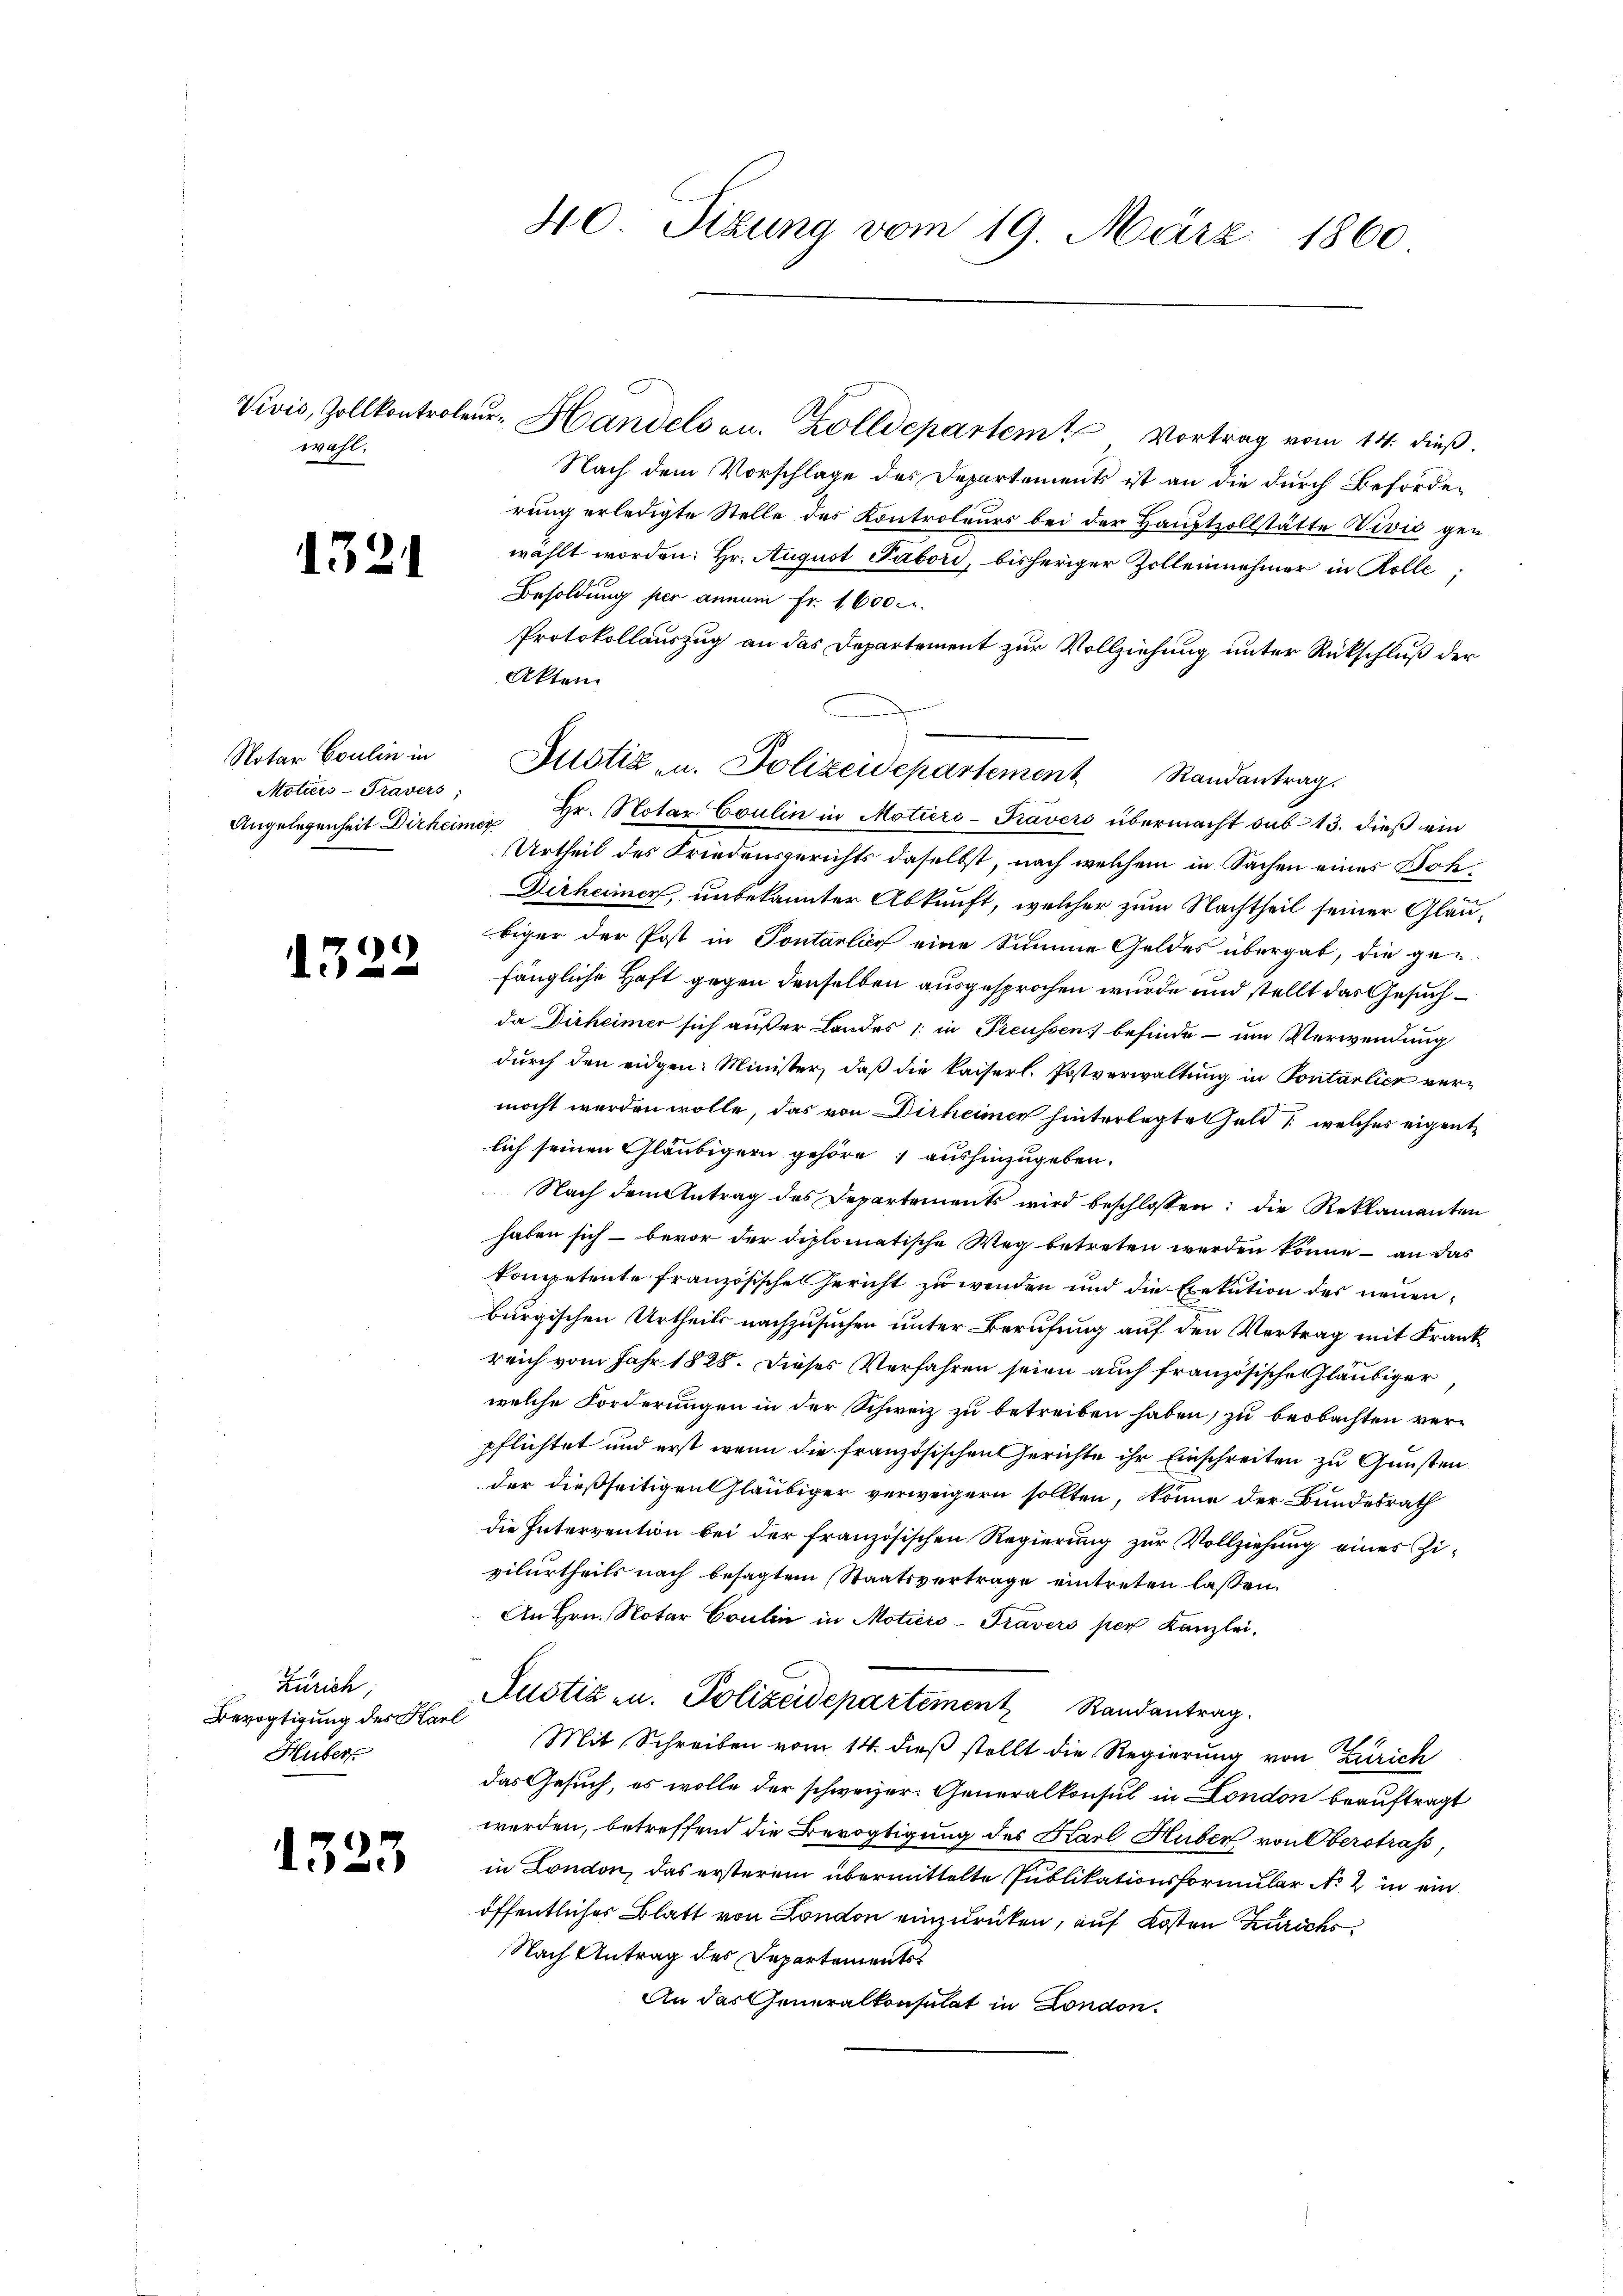
wahl.

1321

Notar Coulin in
Motiers-Travers
Angelegenheit Dirheimer

)
li

Zürich,
Bevogtigung des Karl
Huber

1323

Nach dem Vorschlage des Departements ist an die durch Beförderung erledigte Stelle des Kontroleurs bei der Hauptzollstätte Nivić gen
wählt worden: Hr. August Tabori, bisheriger Zolleinehmer in Rolle;
Besoldung per annum fr. 1600 c.
Protokollauszug an das Departement zur Vollziehung unter Rückschluß der
Akten
Hr. Notar Coulin in Motiers-Kravers übermacht sub 13. dieß ein
Urtheil des Friedensgerichts daselbst, nach welchem in Sachen eines Doh
Derheimen, unbekannter Abkunft, welcher zum Nachtheil seiner Gläubiger der Post in Pontarlich eine Summe Geldes übergab, die gen
fängliche Haft gegen denselben ausgesprochen wurde und stellt das Gesuchda Dirheimer sich außer Landes 1 in Preussen) befinde - um Verwendung
durch den eidgen. Minister, daß die kaiserl. Postverwaltung in Pontarlier vermocht werden wolle, das von Dirheimer hinterlegte Geld, welcher eigentlich seinen Gläubigern gehöre, aushinzugeben.
Nach dem Antrag des Departements wird beschlossen: die Reklamanten
haben sich – bevor der diplomatische Weg betreten werden könne – an das
kompetente französische Gericht zu wenden und die Exekution des neuenburgischen Urtheils nachzusuchen unter Berufung auf den Vertrag mit Frankreich vom Jahr 1828. Dieses Verfahren seien auch französische Gläubiger
welche Forderungen in der Schweiz zu betreiben haben, zu beobachten verpflichtet und erst wenn die französischen Gerichte ihr Einschreiten zu Gunsten
der dießseitigen Gläubiger verweigern sollten, könne der Bundesrath
die Intervention bei der französischen Regierung zur Vollziehung eines Zivilurtheils nach besagtem Staatsvertrage eintreten lassen.
An Hrn. Notar Coulin in Motiers-Pravers per Kanzlei.
Justiz u. Polizeidepartement Randantrag.
Mit Schreiben vom 14. dieß stellt die Regierung von Zürich
das Gesuch, es wolle der schweizer. Generalkonsul in London beauftragt
werden, betreffend die Bevogtigung des Karl Huber von Oberstraß,
in London, das ersterem übermittelte Publikationsformular No 2 in ein
öffentliches Blatt von London einzurücken, auf Kosten Zürichs
Nach Antrag des Departements
An das Generalkonsulat in London.

40. Sizung vom 19. März 1860

Vivis, Zollkontroler-Handels au. Zolldepartem Vortrag vom 14. dieß.

Justiz- u. Polizeidepartement Randantrag.